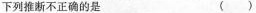
下列推断不正确的是 ( )